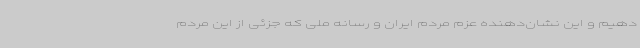
دهیم و این نشان‌دهنده عزم مردم ایران و رسانه ملی که جزئی از این مردم